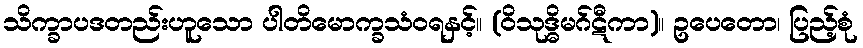
သိက္ခာပဒတည်းဟူသော ပါတိမောက္ခသံဝရနှင့်။ (ဝိသုဒ္ဓိမဂ်ဋီကာ)။ ဥပေတော၊ ပြည့်စုံ